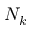
N _ { k }